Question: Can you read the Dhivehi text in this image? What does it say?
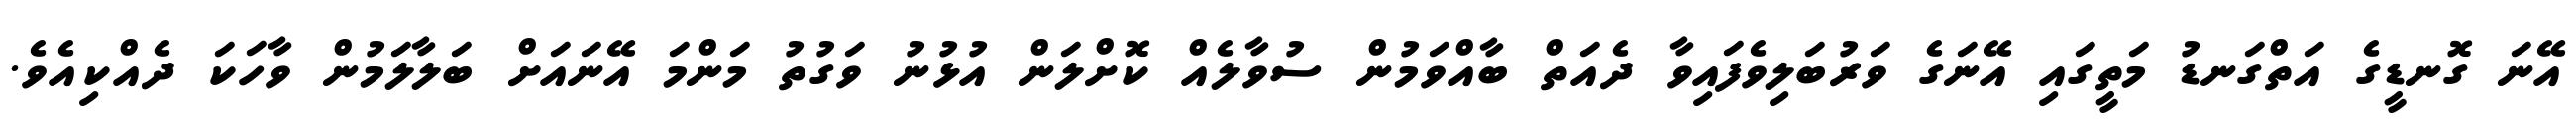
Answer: އޭނަ ގޮނޑީގެ އަތްގަނޑު މަތީގައި އޭނަގެ ވަރުބަލިވެފައިވާ ދެއަތް ބާއްވަމުން ސުވާލެއް ކޮށްލަން އުޅުނު ވަގުތު މަންމަ އޭނައަށް ބަލާލަމުން ވާހަކަ ދެއްކިއެވެ.